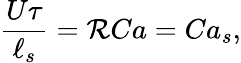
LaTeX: \frac{U\tau}{\ell_{s}}=\mathcal{R}Ca=Ca_{s},